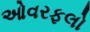
ઓવરફલો